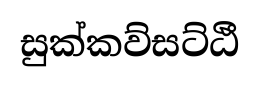
සුක්කව්සට්ඨී